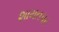
શામતપર